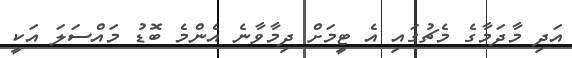
އަދި މާދަމާގެ މެޗުގައި އެ ޓީމަށް ދިމާވާނެ އެންމެ ބޮޑު މައްސަލަ އަކީ